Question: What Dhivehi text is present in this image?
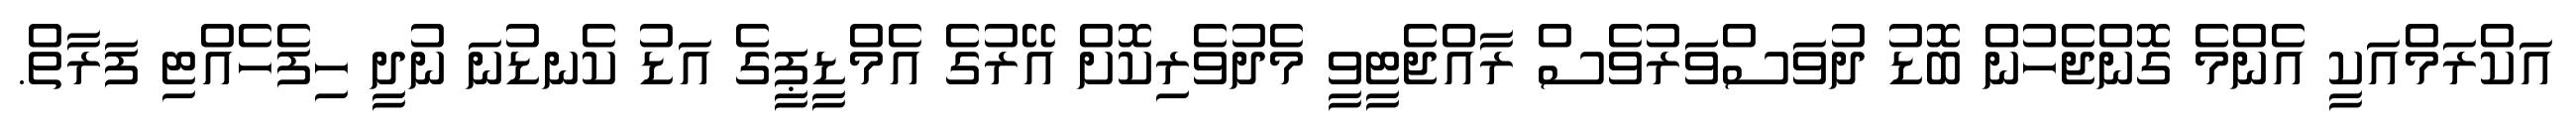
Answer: އަކްރަމްއަކީ އެންމެ ގޮންޖެހުން ބޮޑު ދުވަސްވަރުވެސް ރާއްޖެޓީވީ މެދުވެރިކޮށް އޭރުގެ އެމްޑީޕީގެ އަޑު ކެނޑުނަ ނުދީ ހިފެހެއްޓި ފަރާތް.